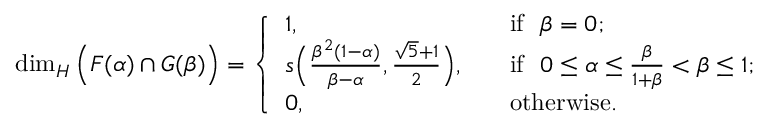
\dim _ { H } \Big ( F ( \alpha ) \cap G ( \beta ) \Big ) = \left\{ \begin{array} { l l } { 1 , } & { \ \ \ \mathrm { i f ~ } ~ \beta = 0 ; } \\ { s \Big ( \frac { \beta ^ { 2 } ( 1 - \alpha ) } { \beta - \alpha } , { \frac { \sqrt { 5 } + 1 } { 2 } } \Big ) , } & { \ \ \ \mathrm { i f ~ } ~ 0 \leq \alpha \leq \frac { \beta } { 1 + \beta } < \beta \leq 1 ; } \\ { 0 , } & { \ \ \ \mathrm { o t h e r w i s e . } } \end{array} \right.